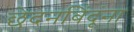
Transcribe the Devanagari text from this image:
छेदनबिंदूंना